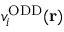
v _ { i } ^ { \mathrm { O D D } } ( \mathbf { r } )